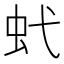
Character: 𧈺